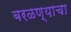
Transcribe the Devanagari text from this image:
बरळण्याचा